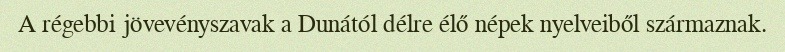
A régebbi jövevényszavak a Dunától délre élő népek nyelveiből származnak.